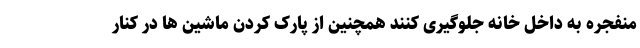
منفجره به داخل خانه جلوگیری کنند همچنین از پارک کردن ماشین ها در کنار